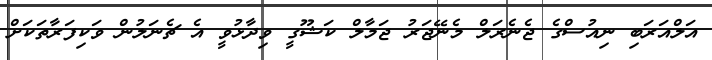
އަލްއަރަބި ނިއުސްގެ ޖެނެރަލް މެނޭޖަރު ޖަމާލް ކަޝޫގީ ވިދާޅުވީ އެ ޗެނަލުން ވަކިފަރާތަކަށް